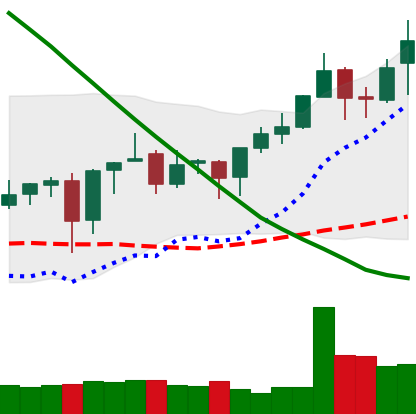
Ticker: XMR-USD
Chart end date: 2019-03-20
Forward return: -6.337%
Label: down_5_7